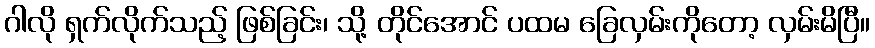
ဂါလို ရှက်လိုက်သည့် ဖြစ်ခြင်း၊ သို့ တိုင်အောင် ပထမ ခြေလှမ်းကိုတော့ လှမ်းမိပြီ။